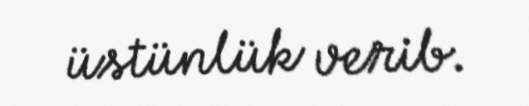
üstünlük verib.